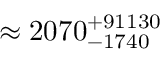
\approx 2 0 7 0 _ { - 1 7 4 0 } ^ { + 9 1 1 3 0 }